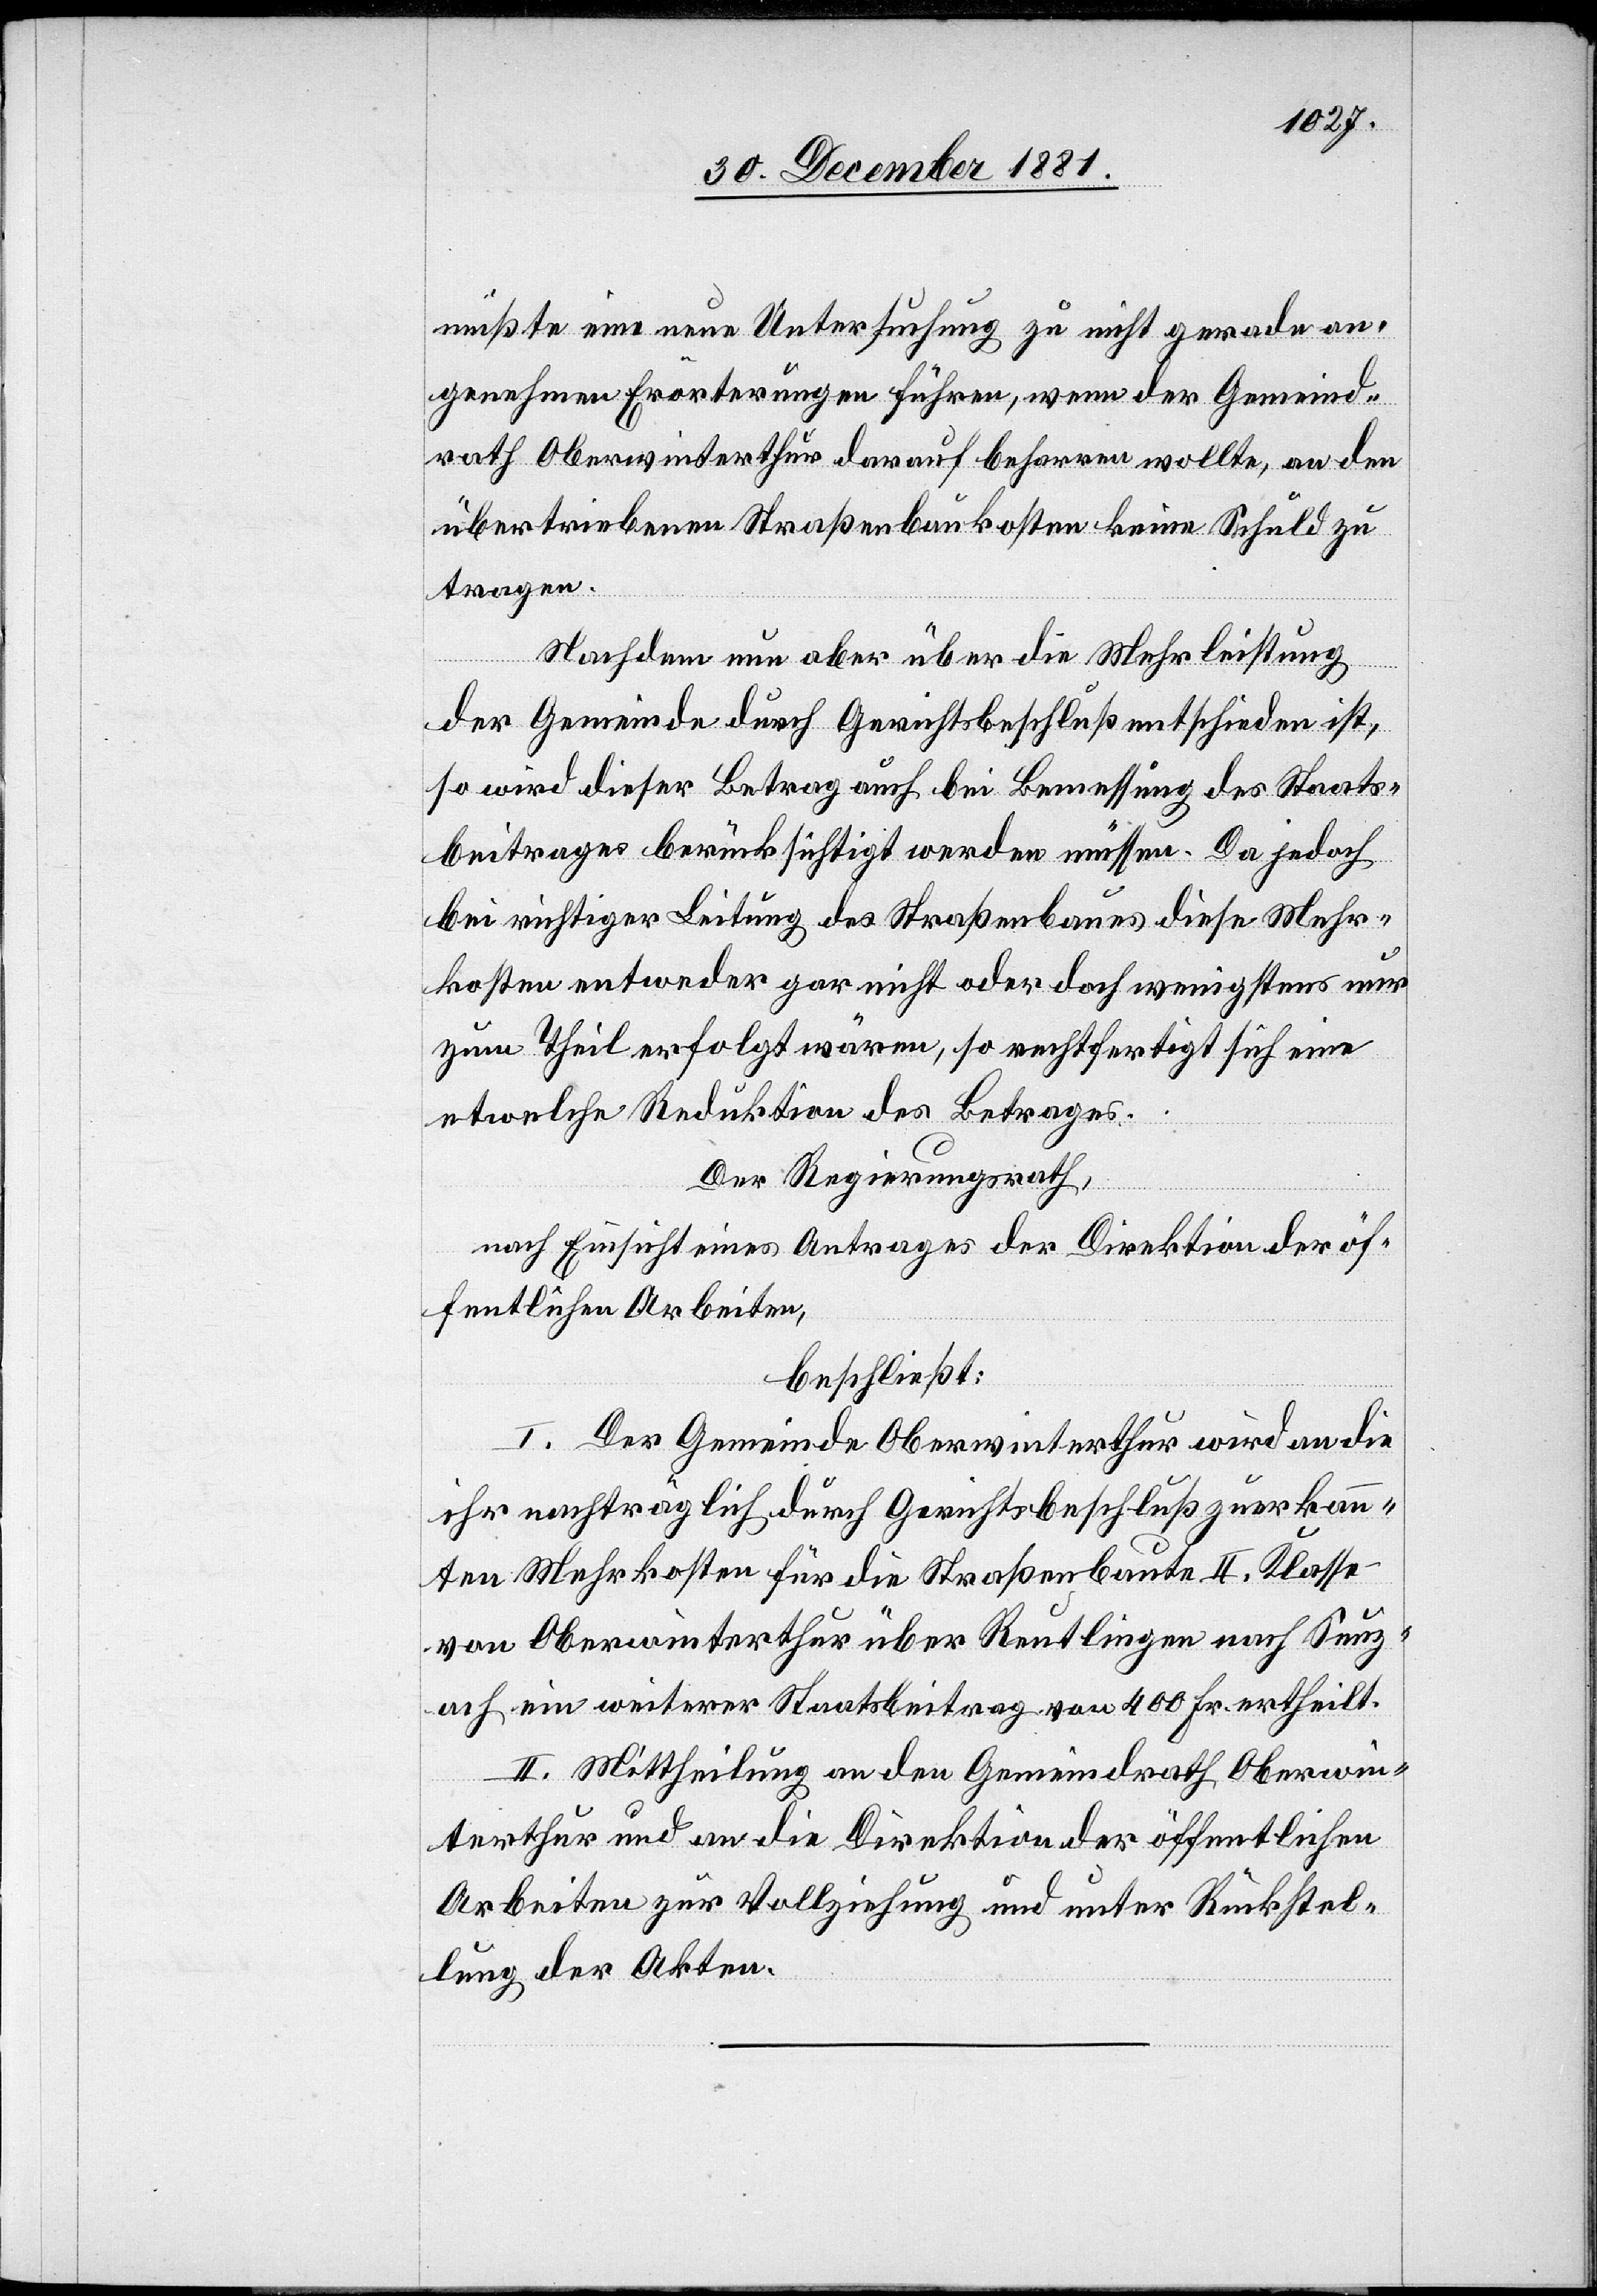
müßte eine neue Untersuchung zu nicht gerade an¬
genehmen Erörterungen führen, wenn der Gemeind¬
rath Oberwinterthur darauf beharren wollte, an den
übertriebenen Straßenbaukosten keine Schuld zu
tragen.
Nachdem nun aber über die Mehrleistung
der Gemeinde durch Gerichtsbeschluß entschieden ist,
so wird dieser Betrag auch bei Bemessung des Staats¬
beitrages berücksichtigt werden müssen. Da jedoch
bei richtiger Leitung des Straßenbaues diese Mehr¬
kosten entweder gar nicht oder doch wenigstens nur
zum Theil erfolgt wären, so rechtfertigt sich eine
etwelche Reduktion des Betrages.
Der Regierungsrath,
nach Einsicht eines Antrages der Direktion der öf¬
fentlichen Arbeiten,
beschließt:
I. Der Gemeinde Oberwinterthur wird an die
ihr nachträglich durch Gerichtsbeschluß zuerkann¬
ten Mehrkosten für die Straßenbaute II. Klasse
von Oberwinterthur über Reutlingen nach Seuz¬
ach ein weiterer Staatsbeitrag von 400 Fr. ertheilt.
II. Mittheilung an den Gemeindrath Oberwin¬
terthur und an die Direktion der öffentlichen
Arbeiten zur Vollziehung und unter Rückstel¬
lung der Akten.